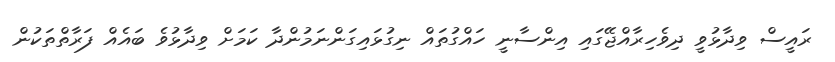
ރައީސް ވިދާޅުވީ ދިވެހިރާއްޖޭގައި އިންސާނީ ހައްގުތައް ނިގުޅައިގަންނަމުންދާ ކަމަށް ވިދާޅުވެ ބައެއް ފަރާތްތަކުން